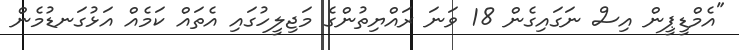
"އެމްޑީޕީން އިސް ނަގައިގެން 18 ވަނަ ރައްޔިތުންގެ މަޖިލީހުގައި އެތައް ކަމެއް އަޅުގަނޑުމެން